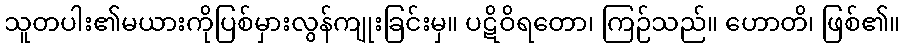
သူတပါး၏မယားကိုပြစ်မှားလွန်ကျုးခြင်းမှ။ ပဋိဝိရတော၊ ကြဉ်သည်။ ဟောတိ၊ ဖြစ်၏။